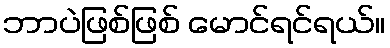
ဘာပဲဖြစ်ဖြစ် မောင်ရင်ရယ်။